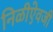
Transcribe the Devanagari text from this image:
निळीऐवजी